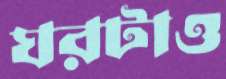
ঘরটাও